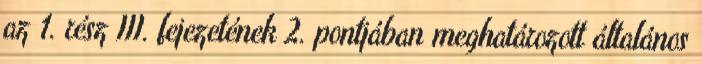
az 1. rész III. fejezetének 2. pontjában meghatározott általános